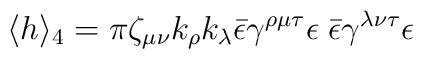
\langle h\rangle_4=\pi  \zeta_{\mu\nu}k_\rho k_\lambda \bar{\epsilon}\gamma^{\rho\mu\tau}\epsilon \;\bar{\epsilon}\gamma^{\lambda\nu\tau}\epsilon